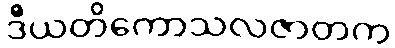
ဒီယတိကောသလဇာတက